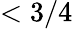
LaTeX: <3/4